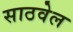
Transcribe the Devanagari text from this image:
साठवेल